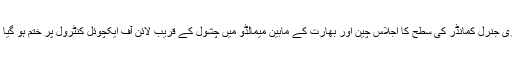
ملٹری جنرل کمانڈر کی سطح کا اجلاس چین اور بھارت کے مابین میمالڈو میں چشول کے قریب لائن آف ایکچوئل کنٹرول پر ختم ہو گیا ہے۔